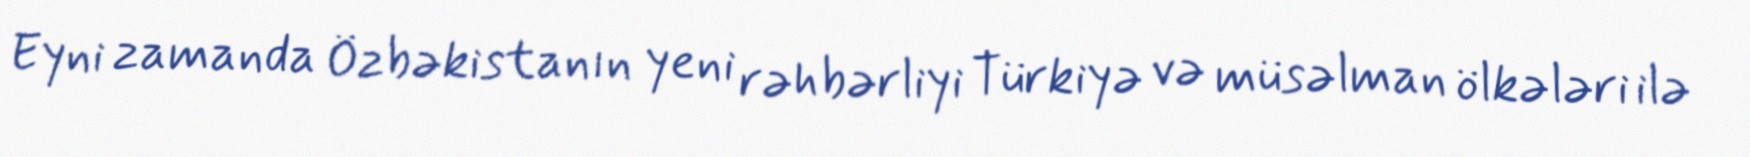
Eyni zamanda Özbəkistanın yeni rəhbərliyi Türkiyə və müsəlman ölkələri ilə